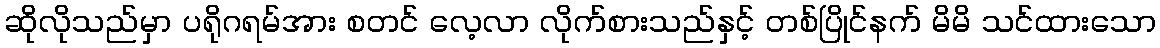
ဆိုလိုသည်မှာ ပရိုဂရမ်အား စတင် လေ့လာ လိုက်စားသည်နှင့် တစ်ပြိုင်နက် မိမိ သင်ထားသော